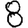
Digit: 8